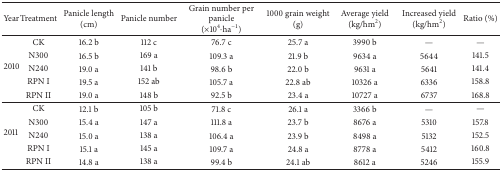
<table><thead><tr><td><b>Year</b></td><td><b>Treatment</b></td><td><b>Panicle length (cm)</b></td><td><b>Panicle number</b></td><td><b>Grain number per panicle (×10<sup>4</sup><i>·</i>ha<sup>−1</sup>)</b></td><td><b>1000 grain weight (g)</b></td><td><b>Average yield (kg/hm<sup>2</sup>)</b></td><td><b>Increased yield (kg/hm<sup>2</sup>)</b></td><td><b>Ratio (%)</b></td></tr></thead><tbody><tr><td rowspan="5">2010</td><td>CK</td><td>16.2 b</td><td>112 c</td><td>76.7 c</td><td>25.7 a</td><td>3990 b</td><td>—</td><td>—</td></tr><tr><td>N300</td><td>16.5 b</td><td>169 a</td><td>109.3 a</td><td>21.9 b</td><td>9634 a</td><td>5644</td><td>141.5</td></tr><tr><td>N240</td><td>19.0 a</td><td>141 b</td><td>98.6 b</td><td>22.0 b</td><td>9631 a</td><td>5641</td><td>141.4</td></tr><tr><td>RPN I</td><td>19.5 a</td><td>152 ab</td><td>105.7 a</td><td>22.8 ab</td><td>10326 a</td><td>6336</td><td>158.8</td></tr><tr><td>RPN II</td><td>19.0 a</td><td>148 b</td><td>92.5 b</td><td>23.4 a</td><td>10727 a</td><td>6737</td><td>168.8</td></tr><tr><td rowspan="5"> 2011</td><td>CK</td><td>12.1 b</td><td>105 b</td><td>71.8 c</td><td>26.1 a</td><td>3366 b</td><td>—</td><td>—</td></tr><tr><td>N300</td><td>15.4 a</td><td>147 a</td><td>111.8 a</td><td>23.7 b</td><td>8676 a</td><td>5310</td><td>157.8</td></tr><tr><td>N240</td><td>15.0 a</td><td>138 a</td><td>106.4 a</td><td>23.9 b</td><td>8498 a</td><td>5132</td><td>152.5</td></tr><tr><td>RPN I</td><td>15.1 a</td><td>145 a</td><td>109.7 a</td><td>24.8 a</td><td>8778 a</td><td>5412</td><td>160.8</td></tr><tr><td>RPN II</td><td>14.8 a</td><td>138 a</td><td>99.4 b</td><td>24.1 ab</td><td>8612 a</td><td>5246</td><td>155.9</td></tr></tbody></table>